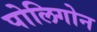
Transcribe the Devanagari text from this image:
पोलिगोन